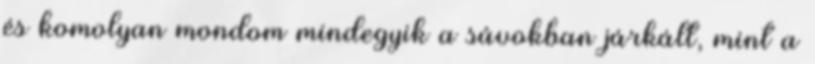
és komolyan mondom mindegyik a sávokban járkált, mint a